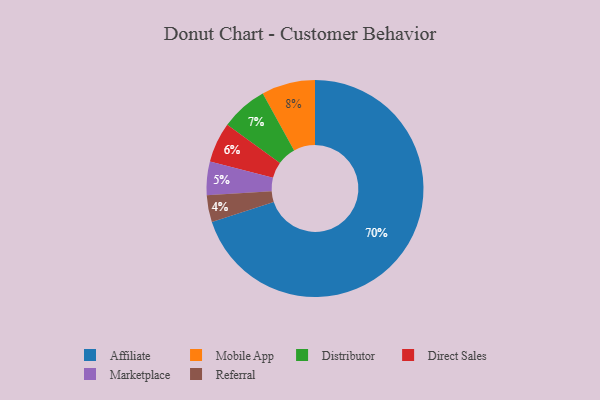
{"axis": {"x": "Category", "y": "Percentage"}, "legend": ["Affiliate", "Direct Sales", "Distributor", "Marketplace", "Mobile App", "Referral"], "data": [{"x": "Marketplace", "y": 5, "type": "Marketplace"}, {"x": "Mobile App", "y": 8, "type": "Mobile App"}, {"x": "Direct Sales", "y": 6, "type": "Direct Sales"}, {"x": "Affiliate", "y": 70, "type": "Affiliate"}, {"x": "Referral", "y": 4, "type": "Referral"}, {"x": "Distributor", "y": 7, "type": "Distributor"}]}